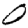
Digit: 0